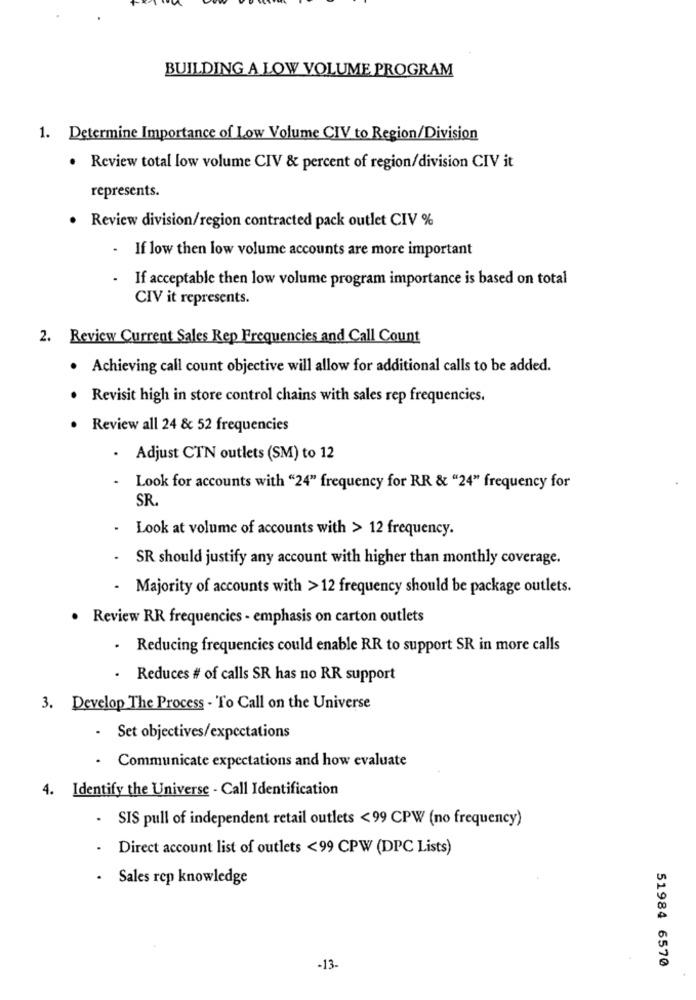
BUILDING A LOW VOLUME PROGRAM
1. Determine Importance of Low Volume CIV to Region/Division
· Review total low volume CIV & percent of region/division CIV it
represents.
Review division/region contracted pack outlet CIV %
- If low then low volume accounts are more important
.
If acceptable then low volume program importance is based on total
CIV it represents.
2. Review Current Sales Rep Frequencies and Call Count
· Achieving call count objective will allow for additional calls to be added.
Revisit high in store control chains with sales rep frequencies.
Review all 24 & 52 frequencies
.
Adjust CTN outlets (SM) to 12
Look for accounts with "24" frequency for RR & "24" frequency for
SR
.
Look at volume of accounts with > 12 frequency.
. SR should justify any account with higher than monthly coverage.
- Majority of accounts with > 12 frequency should be package outlets.
· Review RR frequencies - emphasis on carton outlets
.
Reducing frequencies could enable RR to support SR in more calls
.
Reduces # of calls SR has no RR support
3. Develop The Process - To Call on the Universe
.
Set objectives/expectations
Communicate expectations and how evaluate
4. Identify the Universe - Call Identification
.
SIS pull of independent retail outlets <99 CPW (no frequency)
Direct account list of outlets <99 CPW (DPC Lists)
· Sales rep knowledge
51984 6570
-13.